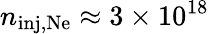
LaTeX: n_{\mathrm{inj,Ne}}\approx 3\times 10^{18}